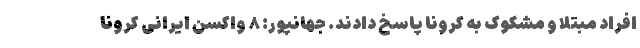
افراد مبتلا و مشکوک به کرونا پاسخ دادند. جهانپور: ۸ واکسن ایرانی کرونا